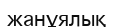
жанұялық